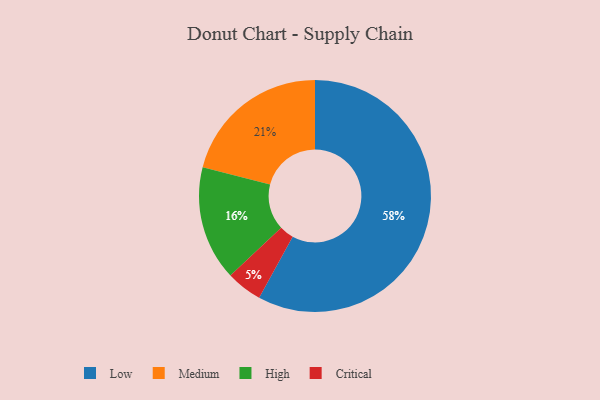
{"axis": {"x": "Category", "y": "Percentage"}, "legend": ["Critical", "High", "Low", "Medium"], "data": [{"x": "Low", "y": 58, "type": "Low"}, {"x": "Medium", "y": 21, "type": "Medium"}, {"x": "High", "y": 16, "type": "High"}, {"x": "Critical", "y": 5, "type": "Critical"}]}